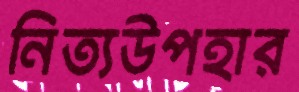
নিত্যউপহার